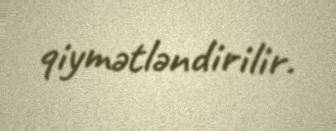
qiymətləndirilir.